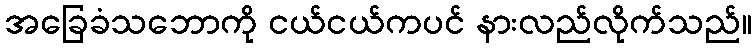
အခြေခံသဘောကို ငယ်ငယ်ကပင် နားလည်လိုက်သည်။